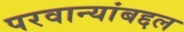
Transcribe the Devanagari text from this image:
परवान्यांबद्दल